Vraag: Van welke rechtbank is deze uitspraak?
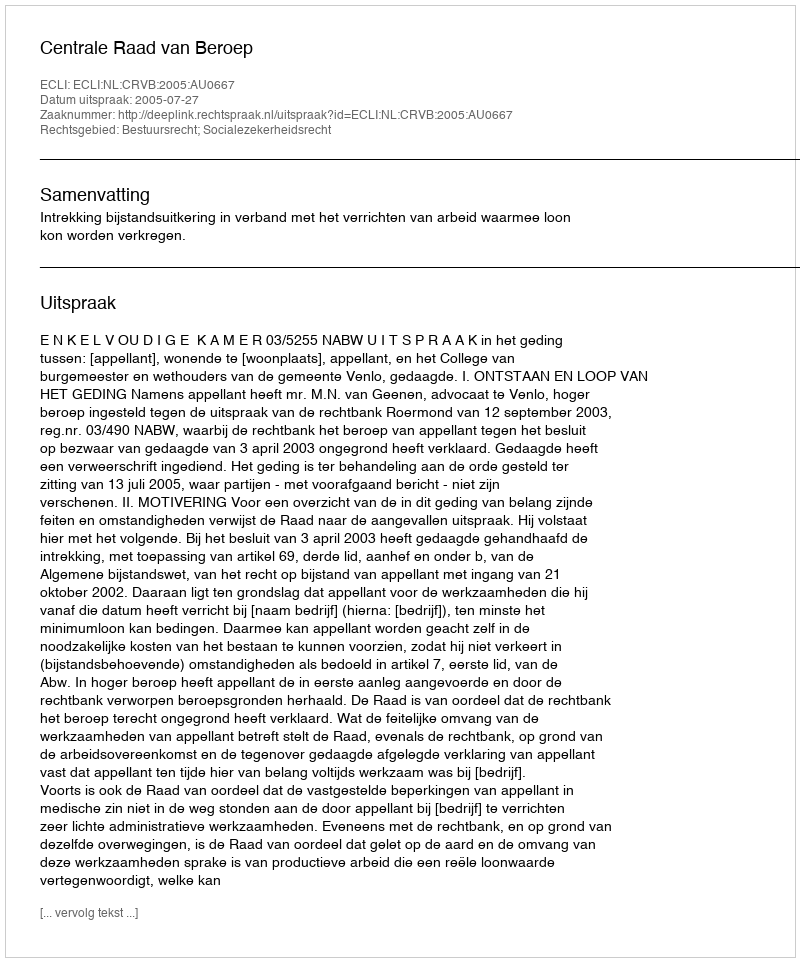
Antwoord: Centrale Raad van Beroep